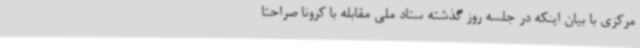
مرکزی با بیان اینکه در جلسه روز گذشته ستاد ملی مقابله با کرونا صراحتا